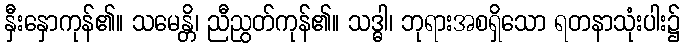
နှီးနှောကုန်၏။ သမေန္တိ၊ ညီညွတ်ကုန်၏။ သဒ္ဓါ၊ ဘုရားအစရှိသော ရတနာသုံးပါး၌